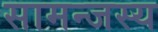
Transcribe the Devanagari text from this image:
सामन्‍जस्‍य